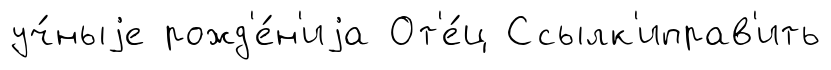
уч́ныjе рожд'е́н'иjа От'е́ц Ссылк'иправ'ить